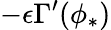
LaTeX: -\epsilon\Gamma^{\prime}(\phi_{*})